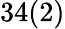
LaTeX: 34(2)